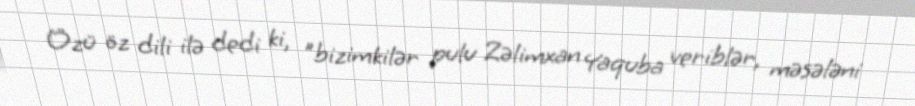
Özü öz dili ilə dedi ki, ”bizimkilər pulu Zəlimxan Yaquba veriblər, məsələni